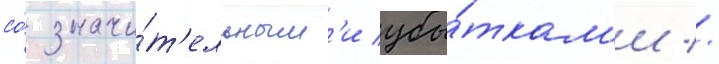
со́ значи́т'ельным'и убы́ткам'и //